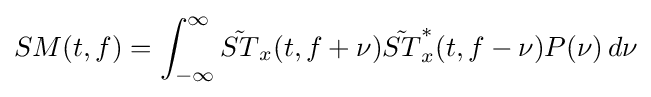
SM(t,f)=\int _{-\infty }^{\infty }{\tilde {ST}}_{x}(t,f+\nu ){\tilde {ST}}_{x}^{*}(t,f-\nu )P(\nu )\,d\nu